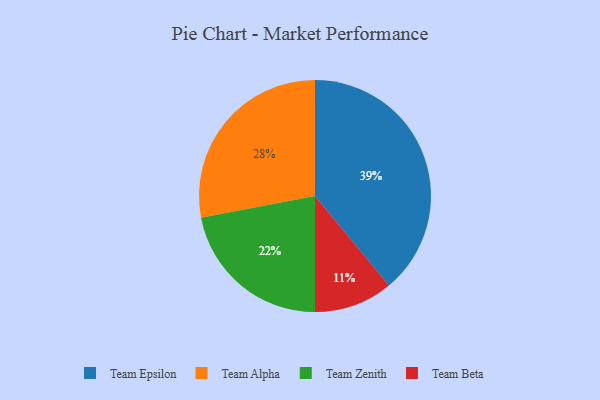
{"axis": {"x": "Category", "y": "Percentage"}, "legend": ["Team Alpha", "Team Beta", "Team Epsilon", "Team Zenith"], "data": [{"x": "Team Alpha", "y": 28, "type": "Team Alpha"}, {"x": "Team Beta", "y": 11, "type": "Team Beta"}, {"x": "Team Zenith", "y": 22, "type": "Team Zenith"}, {"x": "Team Epsilon", "y": 39, "type": "Team Epsilon"}]}